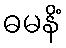
ဓမနိံ